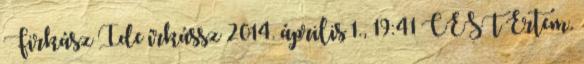
Firkász Ide írkássz 2014. április 1., 19:41 CEST Értem.